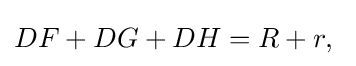
DF+DG+DH=R+r,\